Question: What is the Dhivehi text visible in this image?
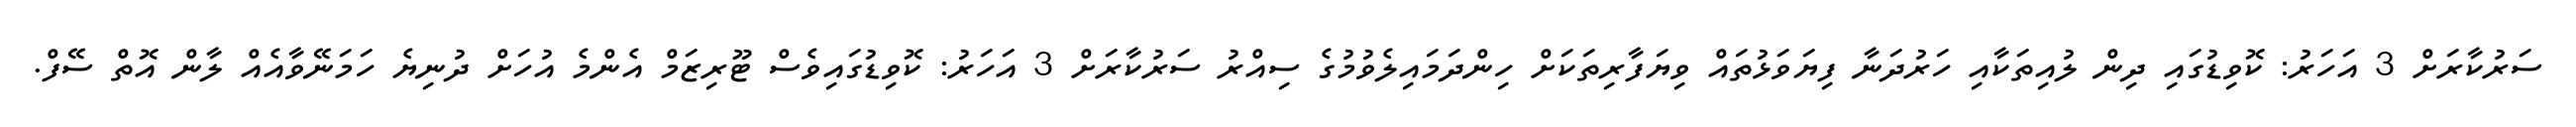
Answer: ސަރުކާރަށް 3 އަހަރު: ކޮވިޑުގައި ދިން ލުއިތަކާއި ހަރުދަނާ ފިޔަވަޅުތައް ވިޔަފާރިތަކަށް ހިންދަމައިލެވުމުގެ ސިއްރު ސަރުކާރަށް 3 އަހަރު: ކޮވިޑުގައިވެސް ޓޫރިޒަމް އެންމެ އުހަށް ދުނިޔެ ހަމަނޭވާއެއް ލާން އޮތް ސޭފް.